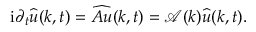
\mathrm { i } \partial _ { t } \widehat { u } ( k , t ) = \widehat { A u } ( k , t ) = \mathcal { A } ( k ) \widehat { u } ( k , t ) .